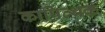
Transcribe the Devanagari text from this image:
कापित्थक